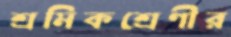
শ্রমিকশ্রেণীর